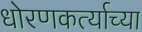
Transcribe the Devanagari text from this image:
धोरणकर्त्याच्या